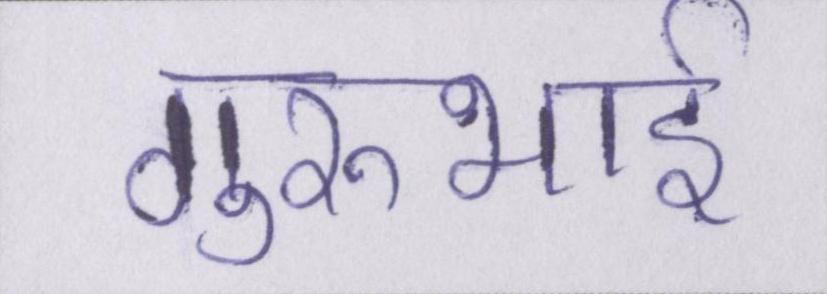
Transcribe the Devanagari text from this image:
गुरुभाई